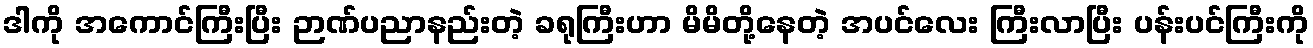
ဒါကို အကောင်ကြီးပြီး ဉာဏ်ပညာနည်းတဲ့ ခရုကြီးဟာ မိမိတို့နေတဲ့ အပင်လေး ကြီးလာပြီး ပန်းပင်ကြီးကို